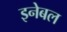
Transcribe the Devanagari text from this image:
इनेबल